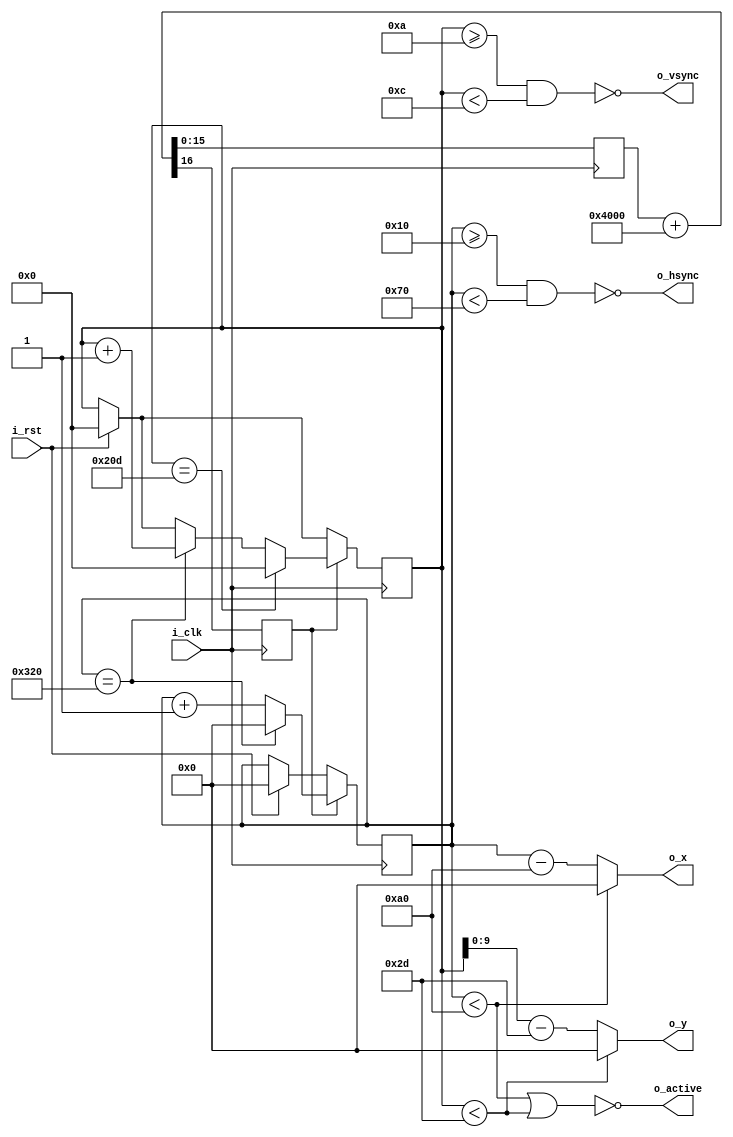
//--------------------------------------------------
// vga640x480 Module : Digilent Basys 3
// BeeInvaders Tutorial 2 : Onboard clock 100MHz
// VGA Resolution 640x480 @ 60Hz : Pixel Clock 25MHz
//--------------------------------------------------
`timescale 1ns / 1ps
// Setup vga640x480 Module
module vga640x480(
input wire i_clk, // 100MHz onboard clock
input wire i_rst, // reset
output wire o_hsync, // horizontal sync
output wire o_vsync, // vertical sync
output wire o_active, // high during active pixel drawing
output wire [9:0] o_x, // current pixel x position
output wire [9:0] o_y // current pixel y position
);
// setup VGA timings
//-------------------------------------
// VGA 640x480 Horizontal Timing (line)
localparam HSYNCSTART = 16; // horizontal sync start
localparam HSYNCEND = 16 + 96; // horizontal sync end
localparam HACTIVESTART = 16 + 96 + 48; // horizontal active start
localparam HACTIVEEND = 16 + 96 + 48 + 640; // horizontal active end
reg [9:0] H_SCAN; // line position
// VGA 640x480 Vertical timing (frame)
localparam VSYNCSTART = 10; // vertical sync start
localparam VSYNCEND = 10 + 2; // vertical sync end
localparam VACTIVESTART = 10 + 2 + 33; // vertical active start
localparam VACTIVEEND = 10 + 2 + 33 + 480; // vertical active end
reg [18:0] V_SCAN; // screen position
// set sync signals to low (active) or high (inactive)
assign o_hsync = ~((H_SCAN >= HSYNCSTART) & (H_SCAN < HSYNCEND));
assign o_vsync = ~((V_SCAN >= VSYNCSTART) & (V_SCAN < VSYNCEND));
// set x and y values
assign o_x = (H_SCAN < HACTIVESTART) ? 0 : (H_SCAN - HACTIVESTART);
assign o_y = (V_SCAN < VACTIVESTART) ? 0 : (V_SCAN - VACTIVESTART);
// set active high during active area
assign o_active = ~((H_SCAN < HACTIVESTART) | (V_SCAN < VACTIVESTART));
// generate 25MHz pixel clock using a "Fractional Clock Divider"
reg [15:0] counter1;
reg pix_clk;
always @(posedge i_clk)
{pix_clk, counter1} <= counter1 + 16'h4000; // divide 100MHz by 4 = 25MHz : (2^16)/4 = 16384 decimal or 4000 hex
// check for reset / create frame loop
always @ (posedge i_clk)
begin
// check for reset button pressed
if (i_rst) // jump to start of a frame and reset registers
begin
H_SCAN <= 0;
V_SCAN <= 0;
end
// loop through a full screen
if (pix_clk)
begin
if (H_SCAN == HACTIVEEND) // if at the end of a line update registers
begin
H_SCAN <= 0;
V_SCAN <= V_SCAN + 1;
end
else
H_SCAN <= H_SCAN + 1; // else increment horizontal counter
if (V_SCAN == VACTIVEEND) // if at the end of a screen reset vertical counter
V_SCAN <= 0;
end
end
endmodule